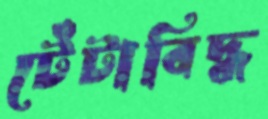
টেঁটাবিদ্ধ